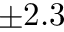
\pm 2 . 3